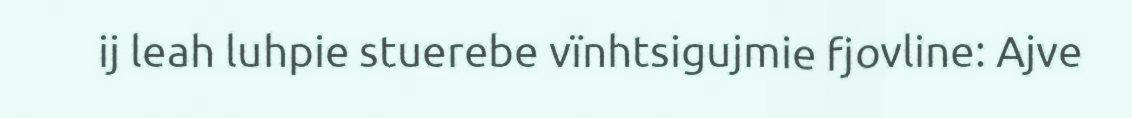
ij leah luhpie stuerebe vïnhtsigujmie fjovline: Ajve